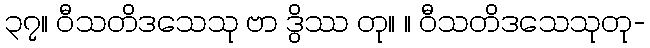
၃၇။ ဝီသတိဒသေသု ဗာ ဒွိဿ တု။ ။ ဝီသတိဒသေသုတု-